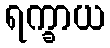
ရက္ခာယ